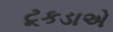
ટૂકડાએ